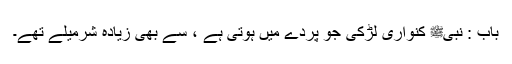
باب : نبیﷺ کنواری لڑکی جو پردے میں ہوتی ہے ، سے بھی زیادہ شرمیلے تھے۔